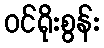
ဝင်ရိုးစွန်း